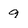
Character: 9